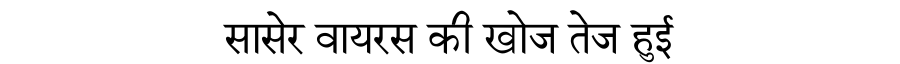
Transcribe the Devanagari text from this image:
सासेर वायरस की खोज तेज हुई